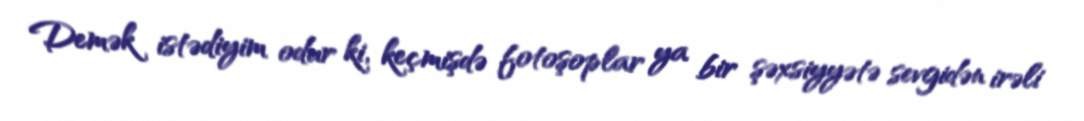
Demək istədiyim odur ki, keçmişdə fotoşoplar ya bir şəxsiyyətə sevgidən irəli